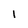
Character: 1